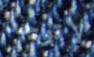
لاتوجد